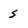
Character: s